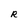
Character: R